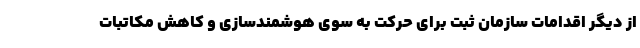
از دیگر اقدامات سازمان ثبت برای حرکت به سوی هوشمندسازی و کاهش مکاتبات